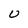
Character: U